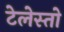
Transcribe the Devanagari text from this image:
टेलेस्तो